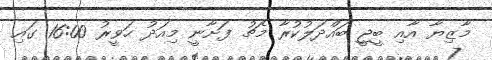
މާޒިޔާ އާއި ބީޖީ ބައްދަލުކުރާ މެޗު ފަށާނީ މިއަދު ހަވީރު 16:00 ގައި